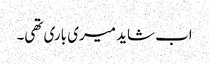
اب شاید میری باری تھی۔